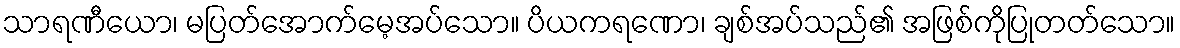
သာရဏီယော၊ မပြတ်အောက်မေ့အပ်သော။ ပိယကရဏော၊ ချစ်အပ်သည်၏ အဖြစ်ကိုပြုတတ်သော။